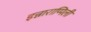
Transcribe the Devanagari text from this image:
इन्नाराप्पिली